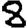
Digit: 8